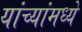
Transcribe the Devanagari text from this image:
यांच्यांमध्ये